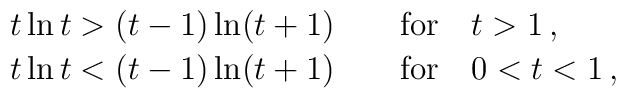
\begin{array}{l} t \ln t > (t-1)\ln(t+1) \qquad {\rm for} \quad t>1 \,, \\[0.5mm] t \ln t < (t-1)\ln(t+1) \qquad {\rm for} \quad 0<t<1 \,,\end{array}